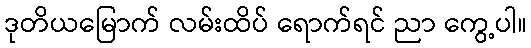
ဒုတိယမြောက် လမ်းထိပ် ရောက်ရင် ညာ ကွေ့ပါ။